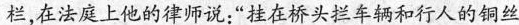
栏，在法庭上他的律师说：“挂在桥头拦车辆和行人的铜丝